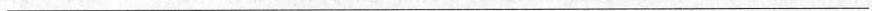
___